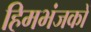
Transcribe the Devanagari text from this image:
हिमभंजकों